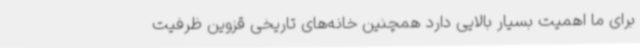
برای ما اهمیت بسیار بالایی دارد همچنین خانه‌های تاریخی قزوین ظرفیت